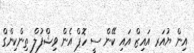
އިން ޔުއަރ އައިޒް އައި ކޭން ސީ ހޮޕް އެން ވިޝްފުލް ތިންކިންގް